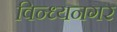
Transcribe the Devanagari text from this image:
विन्ध्यनगर